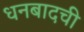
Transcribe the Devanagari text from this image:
धनबादची